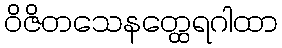
ဝိဇိတသေနတ္ထေရဂါထာ